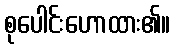
စုပေါင်းဟောထား၏။